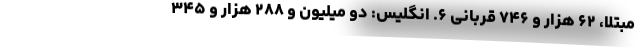
مبتلا، ۶۲ هزار و ۷۴۶ قربانی ۶. انگلیس: دو میلیون و ۲۸۸ هزار و ۳۴۵